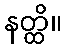
နတ္ထိ။